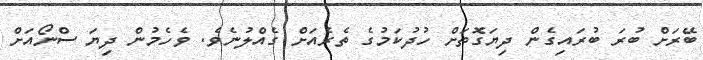
ބޭރަށް ބުރަ ބުރައިގެން ދިޔަގޮތަށް ހުދުކަމުގެ ތެރެއަށް ގެއްލުނެވެ. ވެހެމުން ދިޔަ ސްނޯއަށް